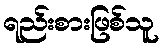
ရည်းစားဖြစ်သူ